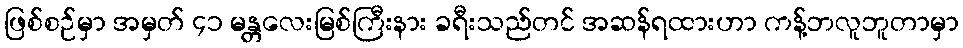
ဖြစ်စဉ်မှာ အမှတ် ၄၁ မန္တလေးမြစ်ကြီးနား ခရီးသည်တင် အဆန်ရထားဟာ ကန့်ဘလူဘူတာမှာ